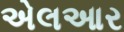
એલઆર